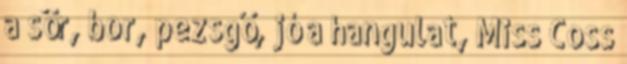
a sör, bor, pezsgő, jó a hangulat, Miss Coss